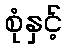
စုံနှင့်